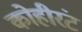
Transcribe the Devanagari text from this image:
कोहीरंट